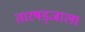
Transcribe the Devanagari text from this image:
तारषड्जाला